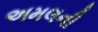
અમલની